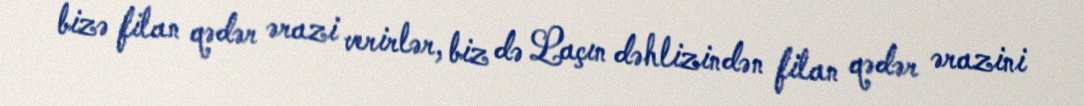
bizə filan qədər ərazi verirlər, biz də Laçın dəhlizindən filan qədər ərazini